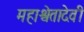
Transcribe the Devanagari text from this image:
महाश्वेतादेवी